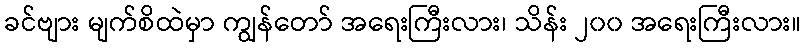
ခင်ဗျား မျက်စိထဲမှာ ကျွန်တော် အရေးကြီးလား၊ သိန်း ၂၀၀ အရေးကြီးလား။